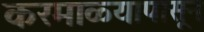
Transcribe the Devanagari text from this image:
करमाळ्यापासून